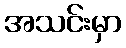
အသင်းမှာ